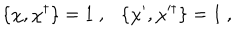
LaTeX: \{ \chi , \chi ^ { \dagger } \} = 1 ~ , \{ \chi ^ { \prime } , \chi ^ { \dagger } \} = 1 ~ ,